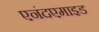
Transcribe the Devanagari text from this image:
एनंदएमाइड